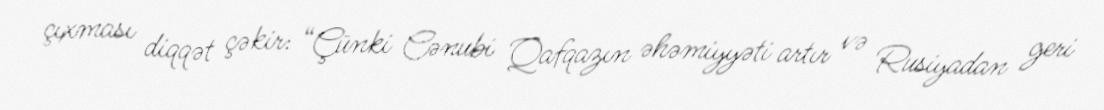
çıxması diqqət çəkir: “Çünki Cənubi Qafqazın əhəmiyyəti artır və Rusiyadan geri